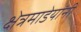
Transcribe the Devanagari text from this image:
क्षेत्रमाडेयांनी